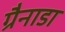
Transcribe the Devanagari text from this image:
ग्रैनाडा